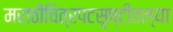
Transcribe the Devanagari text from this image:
मराठीचित्रपटसृष्टीतल्या